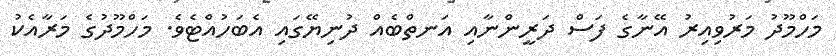
މަހްމޫދު މަރުވިއިރު އޭނާގެ ފަސް ދަރީންނާއި އަނތްބެއް ދުނިޔޭގައި އެބަހުއްޓެވެ. މަހްމޫދުގެ މަރާއެކު